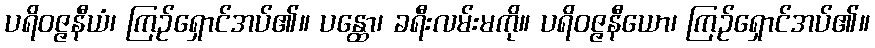
ပရိဝဇ္ဇနီယံ၊ ကြဉ်ရှောင်အပ်၏။ ပန္ထော၊ ခရီးလမ်းမကို။ ပရိဝဇ္ဇနီယော၊ ကြဉ်ရှောင်အပ်၏။